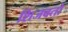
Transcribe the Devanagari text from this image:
शिजवतो